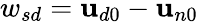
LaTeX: {w_{sd}}=\mathbf{u}_{d0}-\mathbf{u}_{n0}